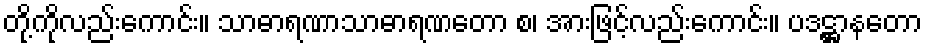
တို့ကိုလည်းကောင်း။ သာဓာရဏာသာဓာရဏတော စ၊ အားဖြင့်လည်းကောင်း။ ပဒဋ္ဌာနတော